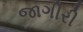
જાગીરી